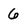
Character: 6